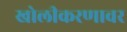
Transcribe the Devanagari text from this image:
खोलीकरणावर